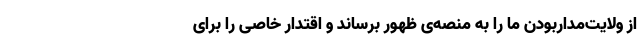
از ولایت‌مداربودن ما را به منصه‌ی ظهور برساند و اقتدار خاصی را برای